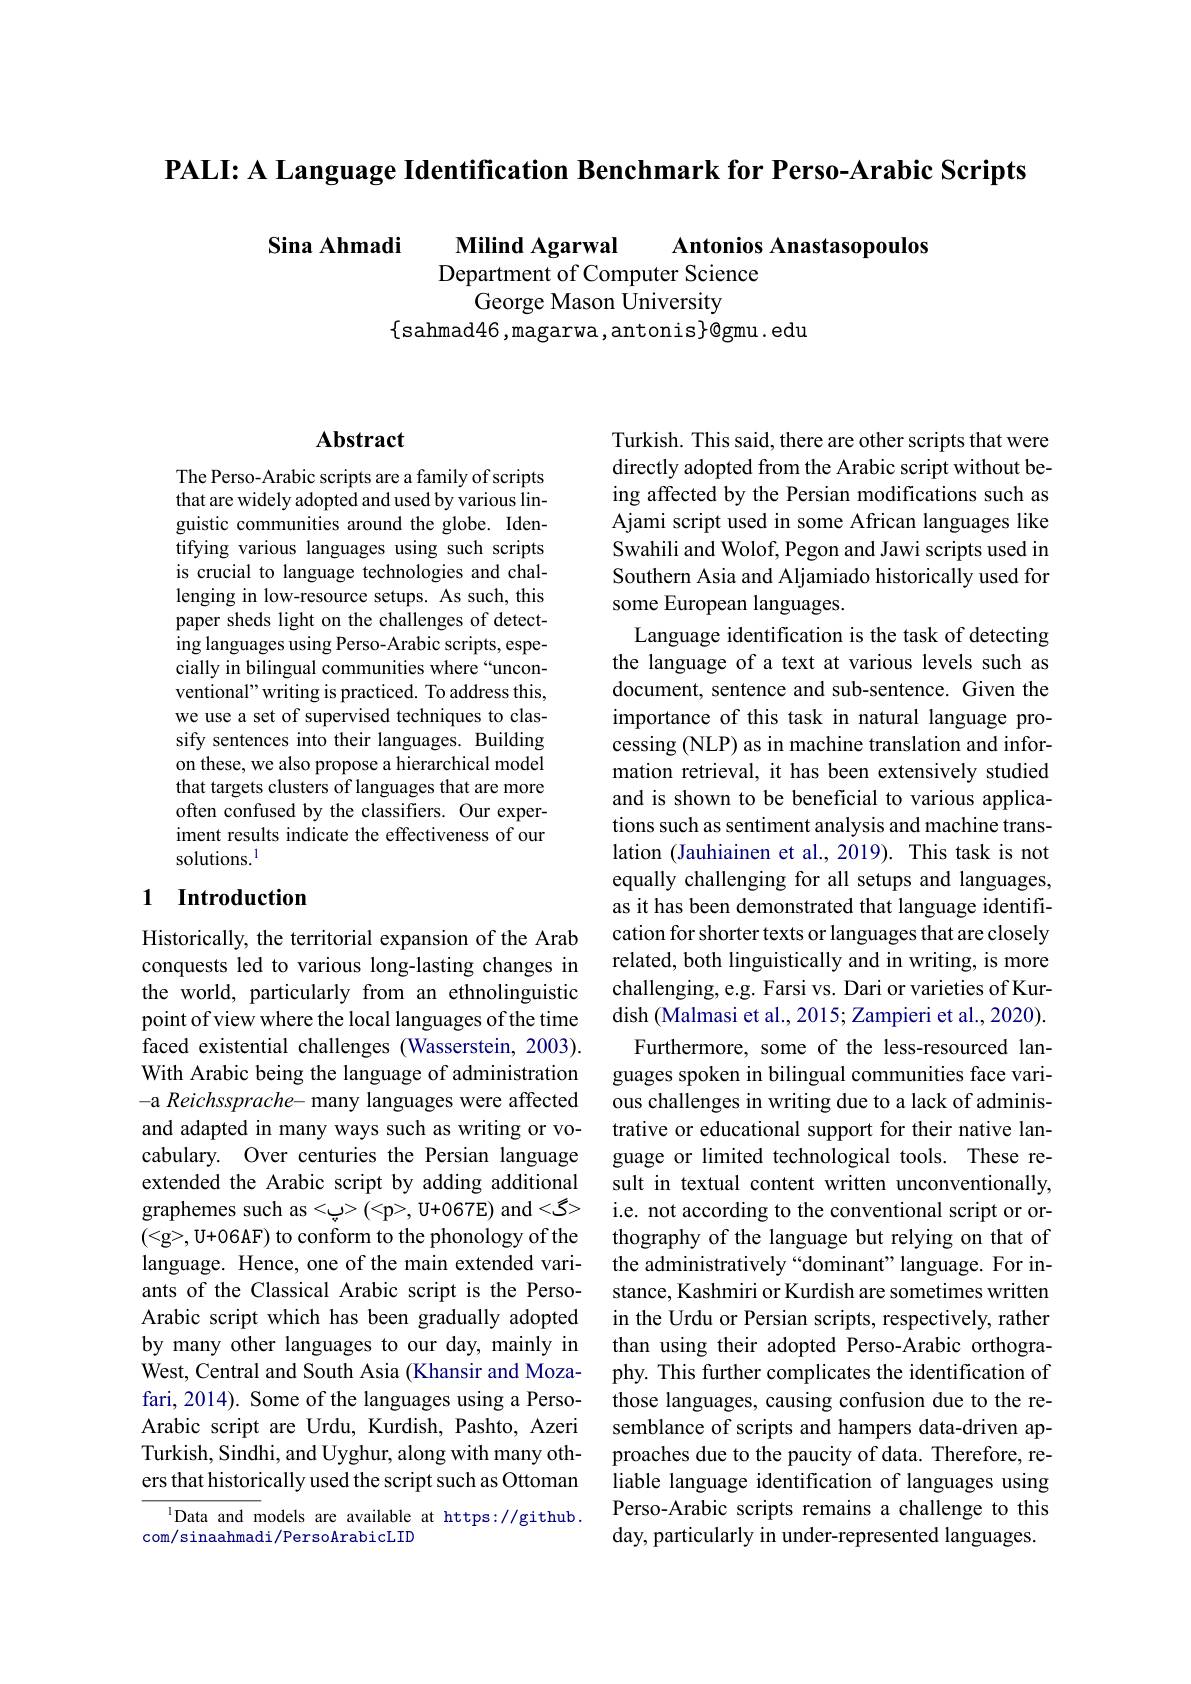
$\textbf{PALI: A Language Identification Benchmark for Perso- Arabic Scripts}$

Sina Ahmadi Milind Agarwal Antonios Anastasopoulos
Department of Computer Science
George Mason University
$\{$sahmad46,magarwa,antonis$\}$@gmu. edu

### $\mathbf{Abstract}$

The Perso-Arabic scripts are a family of scripts that are widely adopted and used by various linguistic communities around the globe. Identifying various languages using such scripts is crucial to language technologies and challenging in low-resource setups. As such, this paper sheds light on the challenges of detecting languages using Perso-Arabic scripts, especially in bilingual communities where “unconventional" writing is practiced. To address this, we use a set of supervised techniques to classify sentences into their languages. Building on these, we also propose a hierarchical model that targets clusters of languages that are more often confused by the classifiers. Our experiment results indicate the effectiveness of our solutions.$^{\mathrm{l}}$

## 1 Introduction

Historically, the territorial expansion of the Arab conquests led to various long-lasting changes in the world, particularly from an ethnolinguistic point of view where the local languages of the time faced existential challenges (Wasserstein, 2003). With Arabic being the language of administration -a Reichssprache- many languages were affected and adapted in many ways such as writing or vocabulary. Over centuries the Persian language extended the Arabic script by adding additional graphemes such as<ي>(<p>, U+067E) and<گ> (<g>, U+06AF) to conform to the phonology of the language. Hence, one of the main extended variants of the Classical Arabic script is the PersoArabic script which has been gradually adopted by many other languages to our day, mainly in West, Central and South Asia (Khansir and Mozafari, 2014). Some of the languages using a PersoArabic script are Urdu, Kurdish, Pashto, Azeri Turkish, Sindhi, and Uyghur, along with many others that historically used the script such as Ottoman
lData and models are available at https://github.

com/sinaahmadi/PersoArabicLID

Turkish. This said, there are other scripts that were directly adopted from the Arabic script without being affected by the Persian modifications such as Ajami script used in some African languages like Swahili and Wolof, Pegon and Jawi scripts used in Southern Asia and Aljamiado historically used for some European languages.
Language identification is the task of detecting the language of a text at various levels such as document, sentence and sub-sentence. Given the importance of this task in natural language processing (NLP) as in machine translation and information retrieval, it has been extensively studied and is shown to be beneficial to various applications such as sentiment analysis and machine translation (Jauhiainen et al., 2019). This task is not equally challenging for all setups and languages, as it has been demonstrated that language identification for shorter texts or languages that are closely related, both linguistically and in writing, is more challenging, e.g. Farsi vs. Dari or varieties of Kurdish (Malmasi et al., 2015; Zampieri et al., 2020).
Furthermore, some of the less-resourced languages spoken in bilingual communities face various challenges in writing due to a lack of administrative or educational support for their native language or limited technological tools. These result in textual content written unconventionally, i.e. not according to the conventional script or orthography of the language but relying on that of the administratively“dominant”language. For instance, Kashmiri or Kurdish are sometimes written in the Urdu or Persian scripts, respectively, rather than using their adopted Perso-Arabic orthography. This further complicates the identification of those languages, causing confusion due to the resemblance of scripts and hampers data-driven approaches due to the paucity of data. Therefore, reliable language identification of languages using Perso-Arabic scripts remains a challenge to this day, particularly in under-represented languages.